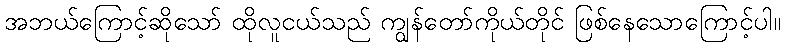
အဘယ်ကြောင့်ဆိုသော် ထိုလူငယ်သည် ကျွန်တော်ကိုယ်တိုင် ဖြစ်နေသောကြောင့်ပါ။